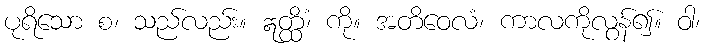
ပုရိသော စ၊ သည်လည်း။ ဣတ္ထိံ၊ ကို။ အတိဝေလံ၊ ကာလကိုလွန်၍။ ဝါ၊